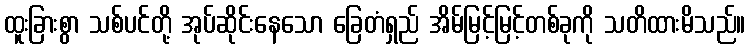
ထူးခြားစွာ သစ်ပင်တို့ အုပ်ဆိုင်းနေသော ခြေတံရှည် အိမ်မြင့်မြင့်တစ်ခုကို သတိထားမိသည်။